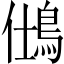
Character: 𪀆